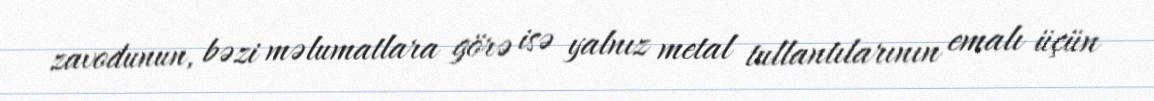
zavodunun, bəzi məlumatlara görə isə yalnız metal tullantılarının emalı üçün